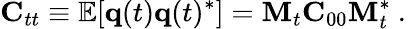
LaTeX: {\mathbf C}_{tt}\equiv\mathbb{E}[{\mathbf q}(t){\mathbf q}(t)^{*}]={\mathbf M}_{t}{\mathbf C}_{00}{\mathbf M}_{t}^{*}\mathrm{~.~}